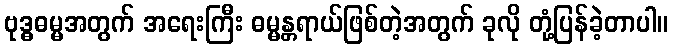
ဗုဒ္ဓဓမ္မအတွက် အရေးကြီး ဓမ္မန္တရာယ်ဖြစ်တဲ့အတွက် ခုလို တုံ့ပြန်ခဲ့တာပါ။